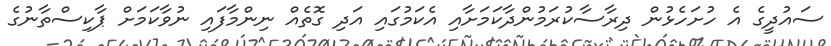
ސައުދީގެ އެ ހުށަހެޅުން ދިރާސާކުރަމުންދާކަމަށާއި އެކަމުގައި އަދި ގޮތެއް ނިންމާފައި ނުވާކަމަށް ޕާކިސްތާނުގެ